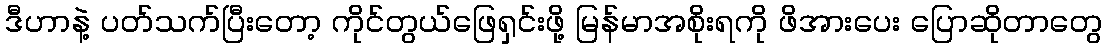
ဒီဟာနဲ့ ပတ်သက်ပြီးတော့ ကိုင်တွယ်ဖြေရှင်းဖို့ မြန်မာအစိုးရကို ဖိအားပေး ပြောဆိုတာတွေ